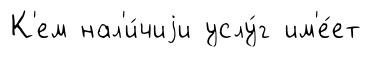
К'ем нал'и́чиjи услу́г им'е́ет